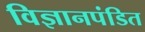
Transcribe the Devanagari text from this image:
विज्ञानपंडित